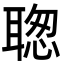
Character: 聦